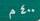
٤ . . م